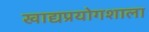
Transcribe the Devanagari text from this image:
खाद्यप्रयोगशाला